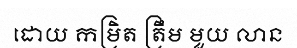
ដោយ កម្រិត ត្រឹម មួយ លាន